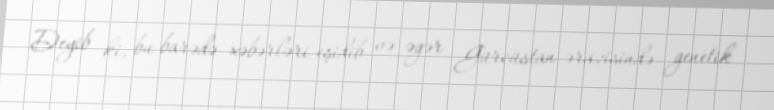
Deyib ki, bu barədə xəbərləri eşidib və əgər Gürcüstan ərazisində genetik